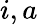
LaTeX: i,a